Lunatic asylums Punjab 1895-1910 - 1895-1910
Year: 1895
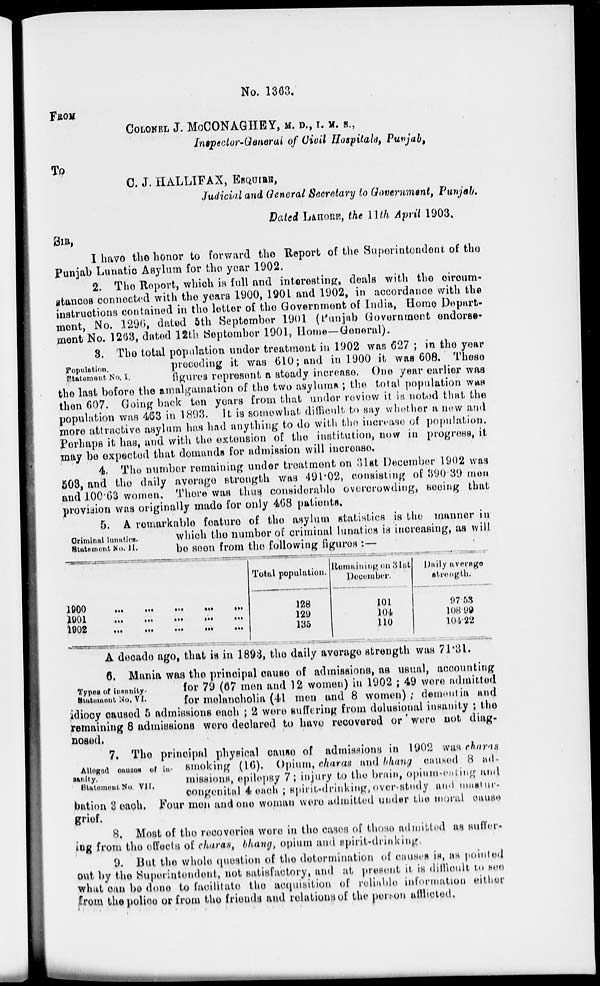
No. 1363.
FROM
COLONEL J. McCONAGHEY, M. D., I. M. S.,
Inspector-General of Civil Hospitals, Punjab,
TO
C. J. HALLIFAX, ESQUIRE,
Judicial and General Secretary to Government, Punjab.
Dated LAHORE, the 11th April 1903.
SIR,
I have the honor to forward the Report of the Superintendent of the
Punjab Lunatic Asylum for the year 1902.
2. The Report, which is full and interesting deals with the circum-
stances connected with the years 1900, 1901 and 1902, in accordance with the
instructions contained in the letter of the Government of India, Home Depart-
ment, No. 1296, dated 5th September 1901 (Punjab Government endorse-
ment No. 1263, dated 12th September 1901, Home—General).
Population,
Statement No. I.
3. The total population under treatment in 1902 was 627 ; in the year
preceding it was 610; and in 1900 it was 608. These
figures represent a steady increase. One year earlier was
the last before the amalgamation of the two asylums ; the total population was
then 607. Going back ten years from that under review it is noted that the
population was 463 in 1893. It is somewhat difficult to say whether a new and
more attractive asylum has had anything to do with the increase of population.
Perhaps it has, and with the extension of the institution, now in progress, it
may be expected that demands for admission will increase.
4. The number remaining under treatment on 31st December 1902 was
503, and the daily average strength was 491.02, consisting of 390.39 men
and 100.63 women. There was thus considerable overcrowding, seeing that
provision was originally made for only 468 patients.
Criminal lunatics.
Statement No. II.
5. A remarkable feature of the asylum statistics is the manner in
which the number of criminal lunatics is increasing, as will
be seen from the following figures :—
1900 ... ... ... ... ...
1901 ... ... ... ... ...
1902 ... ... ... ... ...
Total population.
128
129
135
Remaining on 31st
December.
101
104
110
Daily average
strength.
97.53
108.99
104.22
Types of insanity.
Statement No. VI.
A decade ago, that is in 1893, the daily average strength was 71.31.
6. Mania was the principal cause of admissions, as usual, accounting
for 79 (67 men and 12 women) in 1902 ; 49 were admitted
for melancholia (41 men and 8 women); dementia and
idiocy caused 5 admissions each ; 2 were suffering from delusional insanity ; the
remaining 8 admissions were declared to have recovered or were not diag-
nosed.
Alloged causes of in-
sanity.
Statement No. VII.
7. The principal physical cause of admissions in 1902 was charas
smoking (16). Opium, charas and bhang caused 8 ad-
missions, epilepsy 7; injury to the brain, opium-eating and
congenital 4 each ; spirit-drinking, over-study and mastur-
bation 3 each. Four men and one woman were admitted under the moral cause
grief.
8. Most of the recoveries were in the cases of those admitted as suffer-
ing from the effects of charas, bhang, opium and spirit-drinking.
9. But the whole question of the determination of causes is, as pointed
out by the Superintendent, not satisfactory, and at present it is difficult to see
what can be done to facilitate the acquisition of reliable information either
from the police or from the friends and relations of the person afflicted.